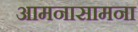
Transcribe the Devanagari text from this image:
आमनासामना